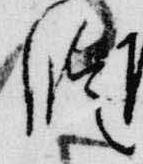
臨